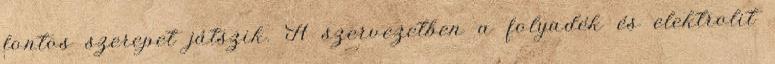
fontos szerepet játszik. A szervezetben a folyadék és elektrolit